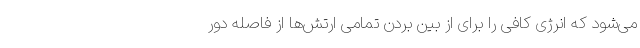
می‌شود که انرژی کافی را برای از بین بردن تمامی ارتش‌ها از فاصله دور